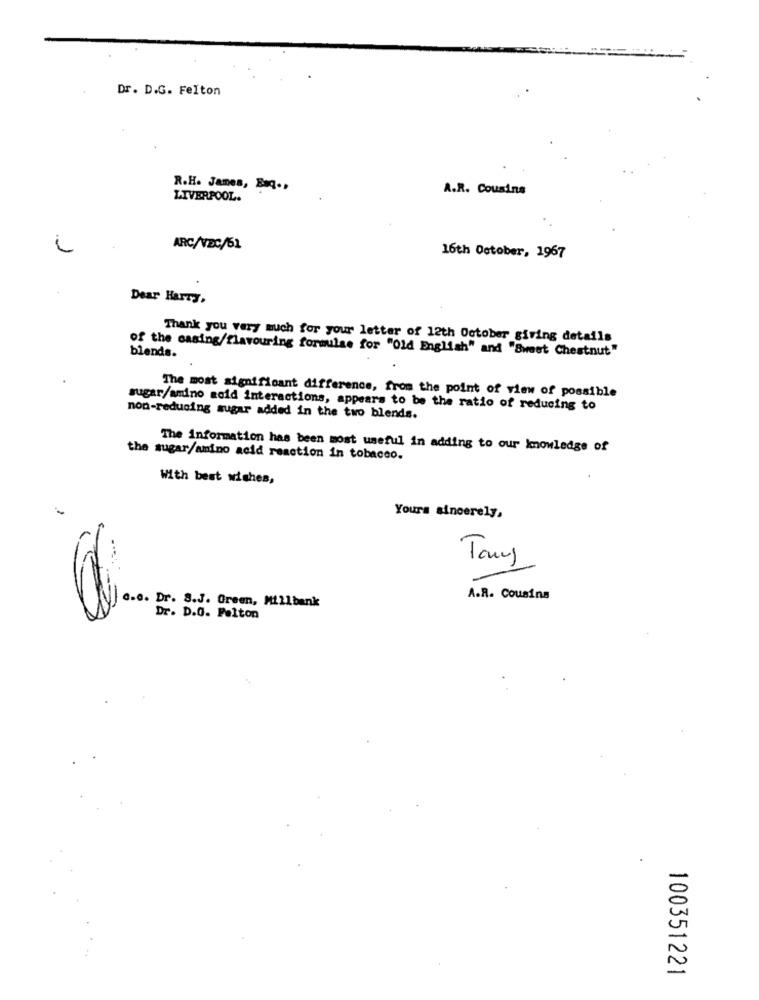
Dr. D.G. Felton
R.H. James, Baq .,
A.R. Cousins
LIVERPOOL.
ARC/VEC/61
16th October, 1967
Dear Harry,
Thank you very much for your letter of 12th October giving details
blends.
of the casing/flavouring formulae for "Old English" and "Sweet Chestnut"
The most significant difference, from the point of view of possible
sugar/andno acid interactions, appears to be the ratio of reducing to
non-reducing sugar added in the two blends.
The information has been most useful in adding to our knowledge of
the sugar/amino acid reaction in tobacco.
With best wishes,
Yours sincerely,
Tony
0.0. Dr. S.J. Green, Millbank
A.R. Cousins
Dr. D.O. Pelton
100351221